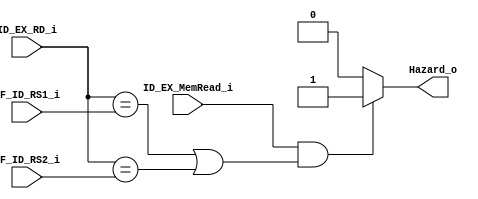
/* load-use data hazard */
module  hazard_detection
(
    input   wire    [4:0]   IF_ID_RS1_i    ,
    input   wire    [4:0]   IF_ID_RS2_i    ,
    input   wire    [4:0]   ID_EX_RD_i     ,
    input   wire            ID_EX_MemRead_i,
    
    output  wire            Hazard_o     
);

assign  Hazard_o = (ID_EX_MemRead_i && (ID_EX_RD_i == IF_ID_RS1_i || ID_EX_RD_i == IF_ID_RS2_i)) ? 1'b1 : 1'b0;

endmodule